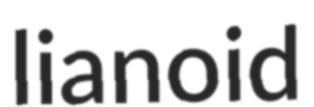
lianoid